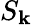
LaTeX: S_{\mathbf{k}}